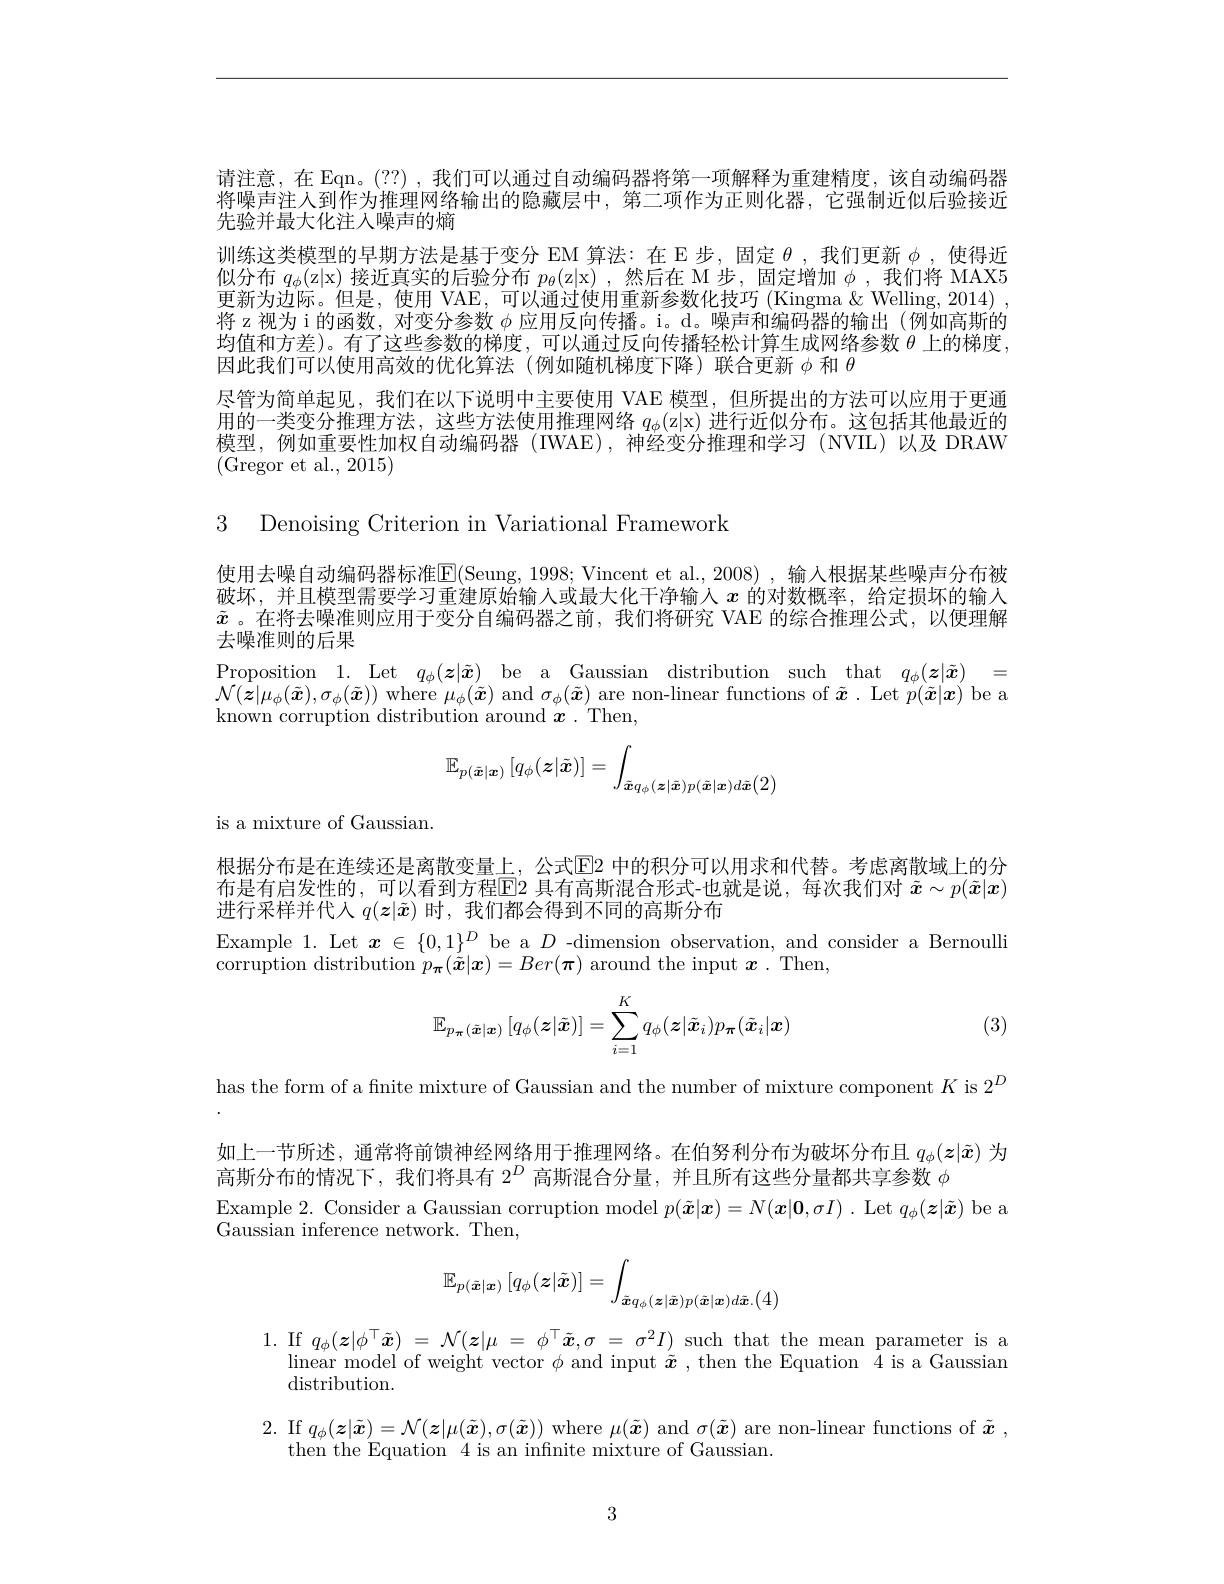
请注意，在 Eqn。(??), 我们可以通过自动编码器将第一项解释为重建精度，该自动编码器将噪声注人到作为推理网络输出的隐藏层中，第二项作为正则化器，它强制近似后验接近先验并最大化注人噪声的熵
训练这类模型的早期方法是基于变分 EM 算法：在 E 步，固定$\theta$ ,我们更新$\phi$ ,使得近似分布$q_\phi($z|x)接近真实的后验分布$p_\theta($z|x),然后在 M 步，固定增加$\phi$,我们将 MAX5更新为边际。但是，使用 VAE,可以通过使用重新参数化技巧 (Kingma&Welling,2014) , 将 z视为 i 的函数，对变分参数$\phi$应用反向传播。i。d。噪声和编码器的输出(例如高斯的均值和方差)。有了这些参数的梯度，可以通过反向传播轻松计算生成网络参数$\theta$上的梯度， 因此我们可以使用高效的优化算法(例如随机梯度下降)联合更新$\phi$ 和 $\theta$
尽管为简单起见，我们在以下说明中主要使用 VAE 模型，但所提出的方法可以应用于更通用的一类变分推理方法，这些方法使用推理网络$q_\phi ($z| x) 进行近似分布。这包括其他最近的模型，例如重要性加权自动编码器(IWAE),神经变分推理和学习(NVIL)以及 DRAW (Gregor et al., 2015)

3 Denoising Criterion in Variational Framework

使用去噪自动编码器标准E(Seung, 1998; Vincent et al., 2008) , 输入根据某些噪声分布被破坏，并且模型需要学习重建原始输入或最大化干净输人$x$的对数概率，给定损坏的输人$\tilde{x}$ 。在将去噪准则应用于变分自编码器之前，我们将研究 VAE 的综合推理公式，以便理解去噪准则的后果
$\begin{array}{ccc}{\mathrm{Proposition~1.~Let~}q_{\phi}(\boldsymbol{z}|\tilde{\boldsymbol{x}})}&{\mathrm{be~a~Gaussian~distribution~such~that~}q_{\phi}(\boldsymbol{z}|\tilde{\boldsymbol{x}})}&{=}\\{\mathcal{N}(\boldsymbol{z}|\mu_{\phi}(\tilde{\boldsymbol{x}}),\sigma_{\phi}(\tilde{\boldsymbol{x}}))\mathrm{~where~}\mu_{\phi}(\tilde{\boldsymbol{x}})\mathrm{~and~}\sigma_{\phi}(\tilde{\boldsymbol{x}})\mathrm{~are~non-linear~functions~of~\tilde{\boldsymbol{x}}.~Let~}p(\tilde{\boldsymbol{x}}|}\end{array}$
$$\mathbb{E}_{p(\tilde{\boldsymbol{x}}|\boldsymbol{x})}\left[q_{\phi}(\boldsymbol{z}|\tilde{\boldsymbol{x}})\right]=\int_{\tilde{\boldsymbol{x}}q_{\phi}(\boldsymbol{z}|\tilde{\boldsymbol{x}})p(\tilde{\boldsymbol{x}}|\boldsymbol{x})d\tilde{\boldsymbol{x}}(2)}$$
is a mixture of Gaussian.

根据分布是在连续还是离散变量上，公式$\boxed{\mathrm{E}}$2 中的积分可以用求和代替。考虑离散域上的分布是有启发性的，可以看到方程$\overline{\mathbb{E}}2$ 具有高斯混合形式-也就是说，每次我们对 $\tilde{\boldsymbol{x}}\sim p(\tilde{\boldsymbol{x}}|\boldsymbol{x})$ 进行采样并代人$q(\boldsymbol{z}|\tilde{\boldsymbol{x}})$时，我们都会得到不同的高斯分布
$\begin{array}{l}{\mathrm{Example~1.~Let~}\boldsymbol{x}\in\{0,1\}^D\mathrm{~be~a~}D\mathrm{~-dimension~observation,~and~consider~a~Bernoulli}}\\{\mathrm{corruption~distribution~}p_{{\boldsymbol{\pi}}}(\tilde{\boldsymbol{x}}|\boldsymbol{x})=Ber(\boldsymbol{\pi})\mathrm{~around~the~input~}\boldsymbol{x}.\mathrm{~Then,}}\end{array}$
$$\mathbb{E}_{p_{\boldsymbol{\pi}}(\tilde{\boldsymbol{x}}|\boldsymbol{x})}\left[q_{\phi}(\boldsymbol{z}|\tilde{\boldsymbol{x}})\right]=\sum_{i=1}^{K}q_{\phi}(\boldsymbol{z}|\tilde{\boldsymbol{x}}_{i})p_{\boldsymbol{\pi}}(\tilde{\boldsymbol{x}}_{i}|\boldsymbol{x})$$
(3)

has the form of a finite mixture of Gaussian and the number of mixture component $K$ is 2$^D$ 如上一节所述，通常将前馈神经网络用于推理网络。在伯努利分布为破坏分布且$q_\phi(z|\tilde{x})$为高斯分布的情况下，我们将具有$2^D$高斯混合分量，并且所有这些分量都共享参数$\phi$
Example 2. Consider a Gaussian corruption model $p(\tilde{\boldsymbol{x}}|\boldsymbol{x})=N(\boldsymbol{x}|\boldsymbol{0},\sigma I).$ Let $q_\phi(\boldsymbol{z}|\tilde{\boldsymbol{x}})$ be a
Gaussian inference network. Then,
$$\mathbb{E}_{p(\tilde{\boldsymbol{x}}|\boldsymbol{x})}\left[q_{\phi}(\boldsymbol{z}|\tilde{\boldsymbol{x}})\right]=\int_{\tilde{\boldsymbol{x}}q_{\phi}(\boldsymbol{z}|\tilde{\boldsymbol{x}})p(\tilde{\boldsymbol{x}}|\boldsymbol{x})d\tilde{\boldsymbol{x}}.\begin{pmatrix}4\end{pmatrix}}$$
$\begin{array}{ll}1.&\mathrm{If~}q_\phi(\boldsymbol{z}|\phi^\top\tilde{\boldsymbol{x}})\:=\:\mathcal{N}(\boldsymbol{z}|\mu\:=\:\phi^\top\tilde{\boldsymbol{x}},\sigma\:=\:\sigma^2I)\:\text{such that the mean}\:\text{parameter is a}\\&\text{linear model of weight vector }\phi\:\text{and input }\tilde{\boldsymbol{x}}\:,\text{then the Equation}\:4\:\text{is a Gaussian}\\&\text{distribution.}\end{array}$ 2. If $q_\phi(\boldsymbol{z}|\tilde{\boldsymbol{x}})=\mathcal{N}(\boldsymbol{z}|\mu(\tilde{\boldsymbol{x}}),\sigma(\tilde{\boldsymbol{x}}))$ where $\mu(\tilde{\boldsymbol{x}})$ and $\sigma(\tilde{\boldsymbol{x}})$ are non-linear functions of $\tilde{\boldsymbol{x}}$,
then the Equation 4 is an infnite mixture of Gaussian.

3